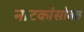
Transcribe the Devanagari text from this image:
नाटकांसोबत